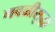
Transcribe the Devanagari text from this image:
गवळीसुद्धा